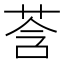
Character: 莟